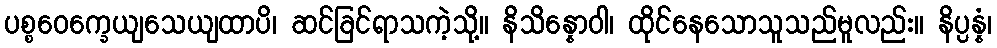
ပစ္စဝေက္ခေယျသေယျထာပိ၊ ဆင်ခြင်ရာသကဲ့သို့။ နိသိန္နောဝါ၊ ထိုင်နေသောသူသည်မူလည်း။ နိပ္ပန္နံ၊